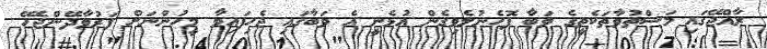
ރާއްޖޭގައި މަސްތުވާތަކެތީގެ ވަބާ ފޮހެނުލެވިގެން އުޅެނީ އެ ވަބާގައި ޖެހިފައިވާ މީހުންނަށް ފަރުވާދޭންޖެހޭ